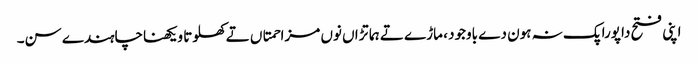
اپنی فتح دا پورا پک نہ ہون دے باوجود ، ماڑے تے ہماتڑاں نوں مزاحمتاں تے کھلوتا ویکھناچاہندے سن۔